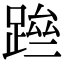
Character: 䠁